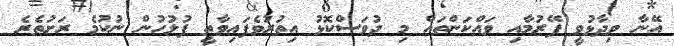
އޭނާ ވިދާޅުވީ ފޭރުމާއި ވައްކަންތައް މި ދުވަސްކޮޅު އިތުރުވެފައިވާތީ ފުލުހުން ނުކުމެ ރަށުތެރެ